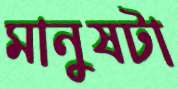
মানুষটা